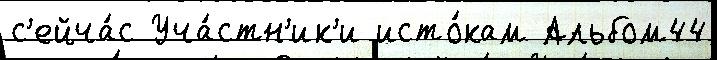
с'ейча́с Уча́стн'ик'и исто́кам Альбом44